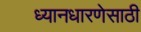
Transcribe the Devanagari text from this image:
ध्यानधारणेसाठी